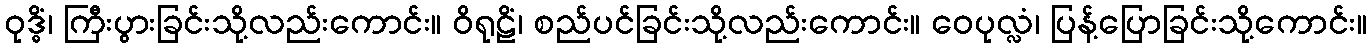
ဝုဒ္ဓိံ၊ ကြီးပွားခြင်းသို့လည်းကောင်း။ ဝိရုဠိံ၊ စည်ပင်ခြင်းသို့လည်းကောင်း။ ဝေပုလ္လံ၊ ပြန့်ပြောခြင်းသို့ကောင်း။